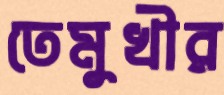
তেমুখীর